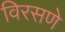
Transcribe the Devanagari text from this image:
विरसणे